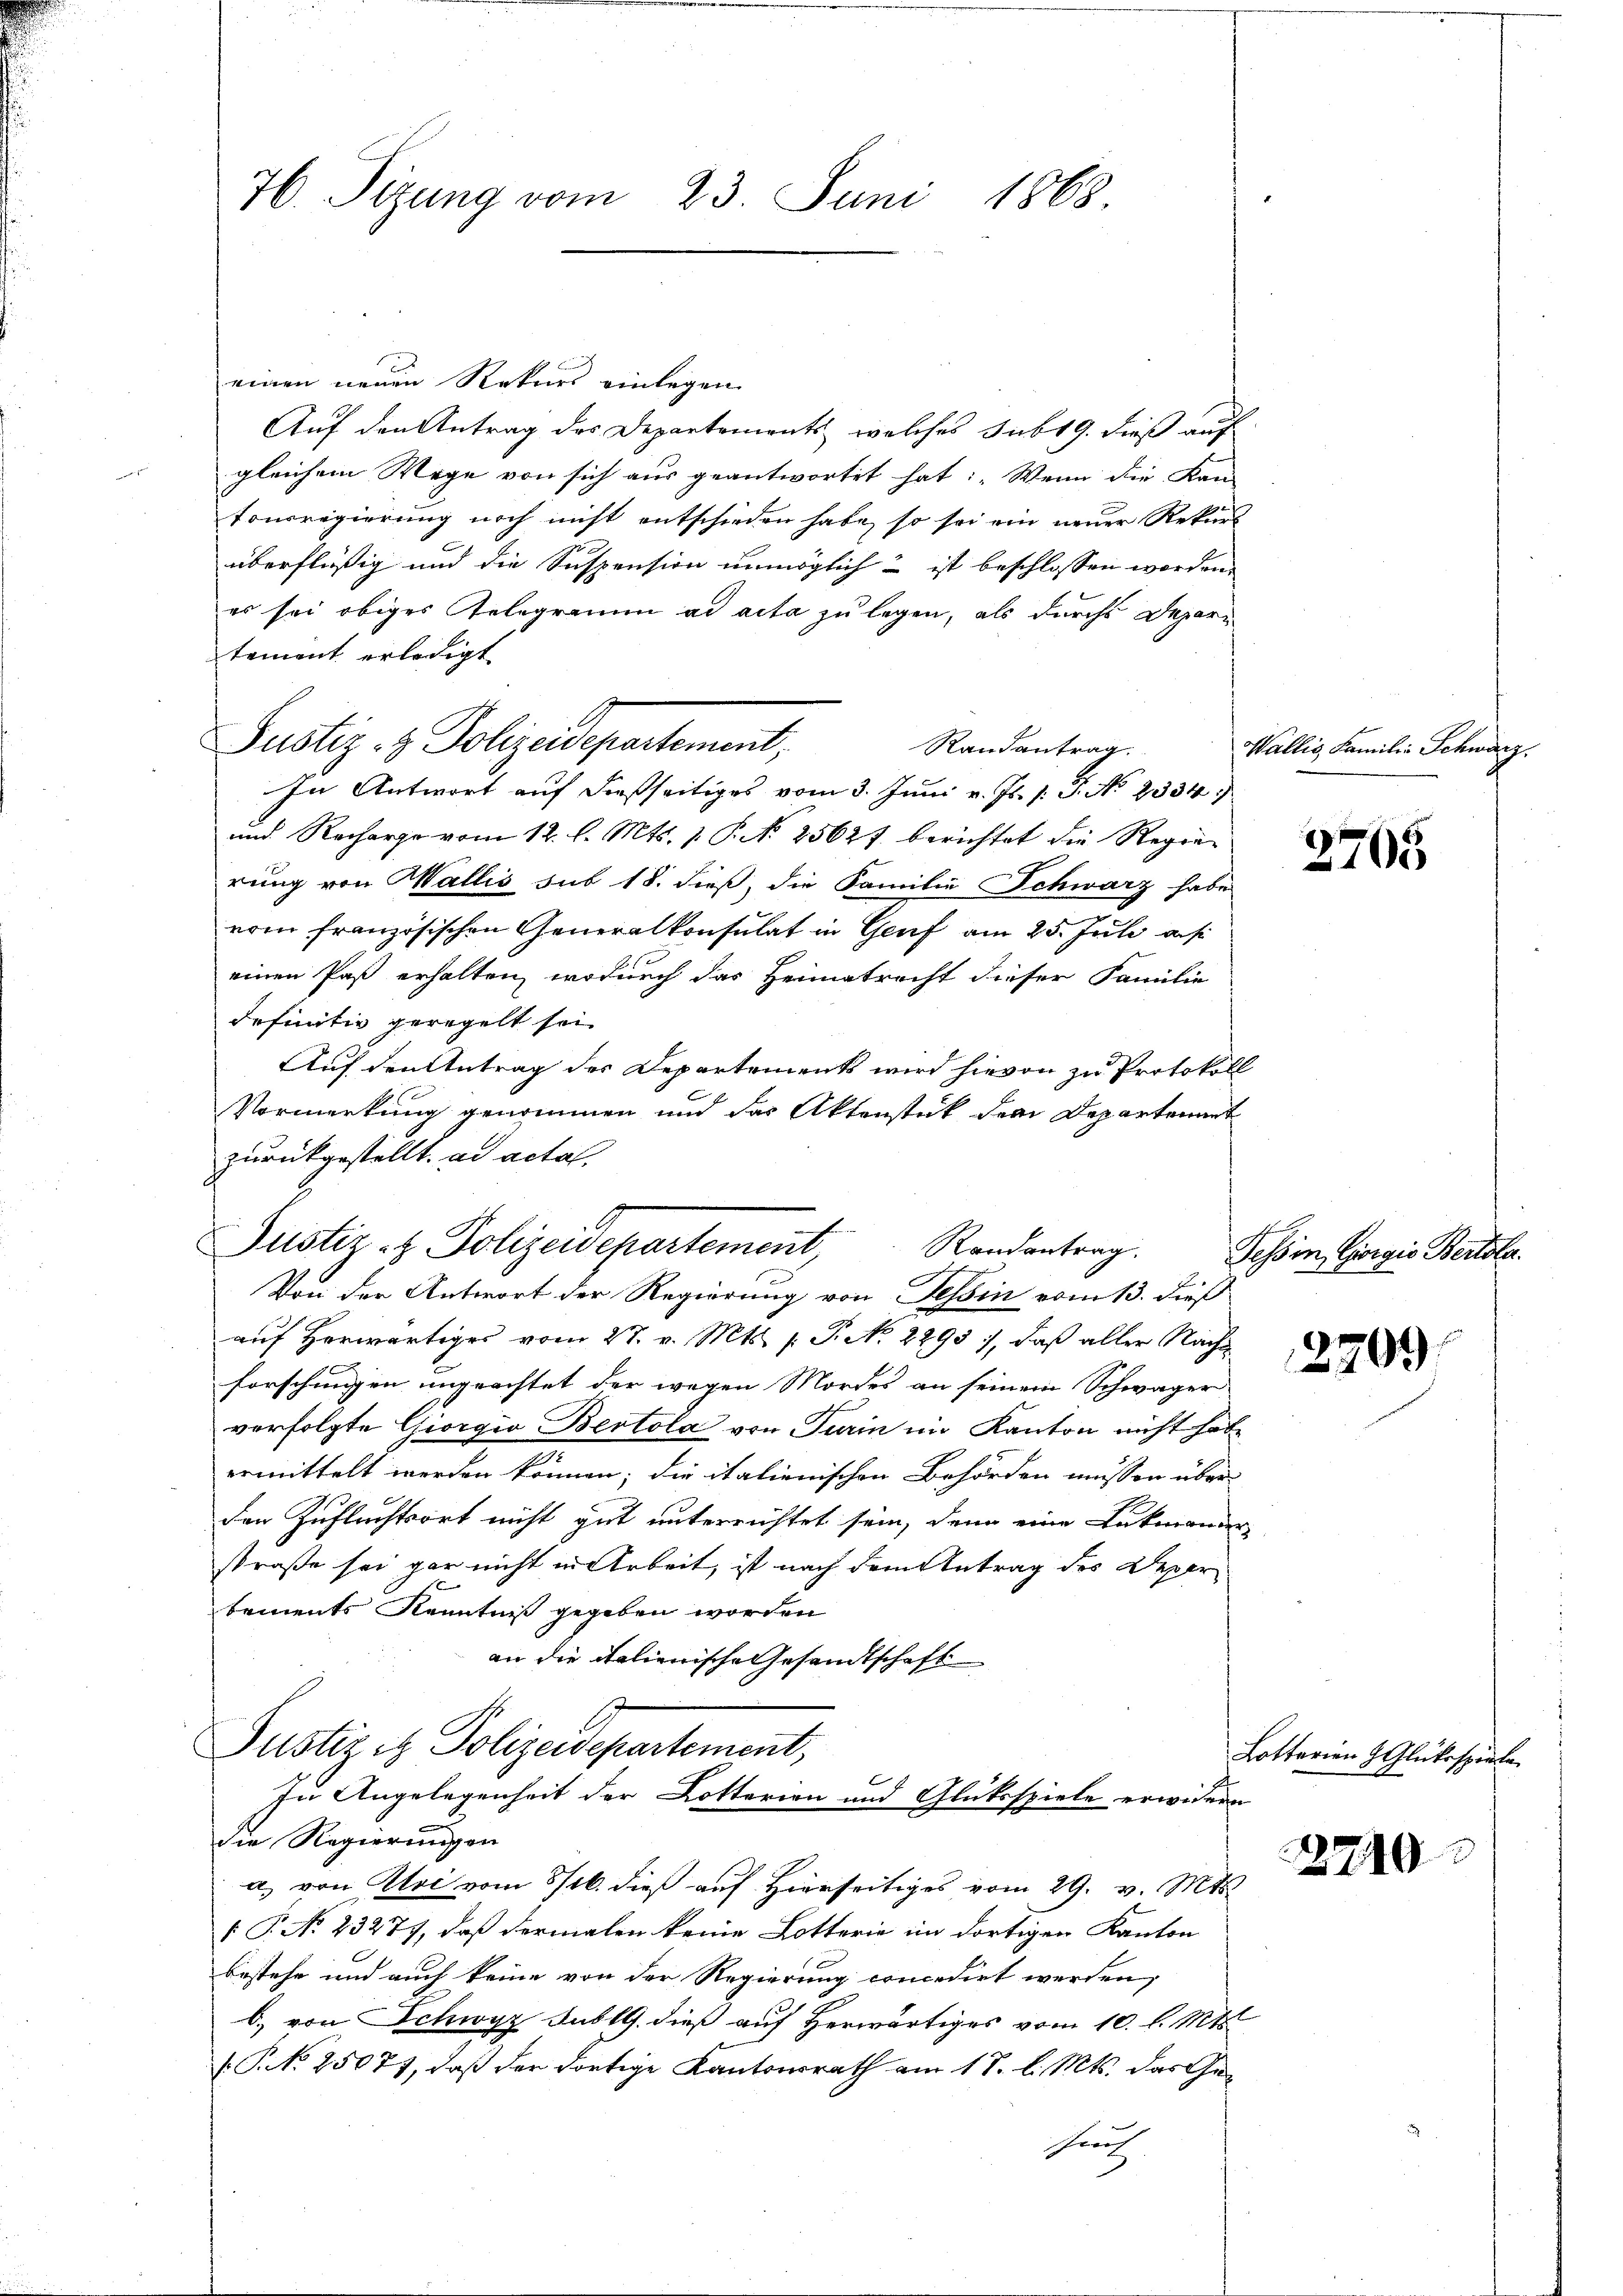
76. Sizung vom 23. Juni 1868

einen neuen Rekurs einlegen
Auf den Antrag des Departements, welches sub 19. dieß auf
gleichem Wege von sich aus geantwortet hat: „Wenn die Kan-
Consregierung noch nicht entschieden habe, so so ein neuer Rek
überflüßig und die Suspension unmöglich – ist beschlossen worden.
es sei obiges Gelegramm ad acta zu legen, als durchs Departement erledigt
Randantrag.
In Antwort auf dießseitiges vom 3. Juni v. Js. s. S. No 2334.
und Recharge vom 12. l. Mts. 1. P. N. 2562 f. berichtet die Regierung von Wallis sub 18. dieß, die Familie Schwarz habe
vom französischen Generalkonsulat in Genf am 25. Juli aus
einen Paß erhalten, wodurch das Heimatrecht dieser Familie
definitiv geregelt sei
Auf den Antrag des Departements wird hievon zu Protokoll
Vormerkung genommen und das Aktenstück dem Departenant
zurückgestellt. ad actal-
Von der Antwort der Regierung von Tessin vom 13. dieß
auf Herwärtiges vom 27. v. Mts. (T. No. 2293), daß aller Nachforschingen ungeachtet der wegen Mordes an seinem Schwäger
verfolgte Giorgio Bertola von Turin im Kanton nicht habe
ermittelt werden können; die italienischen Behörden müssen über
den Zufluchtsort nicht gut unterrichtet sein, denn eine Lukmanien-
straße sei gar nicht in Arbeit, ist nach dem Antrag des Deper
bements Kenntniß gegeben worden
an die italienische Gesandtschaft
Justizit Polizeidepartement,
t
In Angelegenheit der Lotterien und Glücksspiele erwidern
die Regierungen
a) von Uri vom 8/16. dieß auf Hierseitiges vom 29. v. Mts.
 P. No 23271, daß dermalen keine Lotterie im dortigen Kanton
bestehe und auch keine von der Regierung concedirt werden,
b. von Schwyz sublG. dieß auf Herwärtiges vom 10. l. Mts.
 P. NNo. 25071, daß der dortige Kantonsrath am 18. l. Mts. das Gehr

Justiz- & Polizeidepartement,

Justiz- & Polizeidepartement,
Randantrag.

Wallis, Familie Schwarz

2705

Tessin, Giorgio Bertola.

2701

Lotterien 9 Glüksspiele

2210